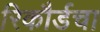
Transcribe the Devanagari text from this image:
रिकौर्डचा